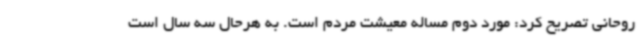
روحانی تصریح کرد: مورد دوم مساله معیشت مردم است. به هرحال سه سال است